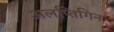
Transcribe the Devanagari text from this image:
अलप्तिगिन